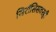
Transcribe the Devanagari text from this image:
सिरॉसिसवरही